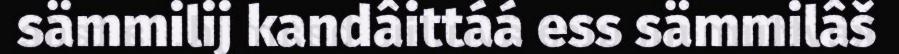
sämmilij kandâittáá ess sämmilâš